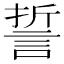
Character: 誓